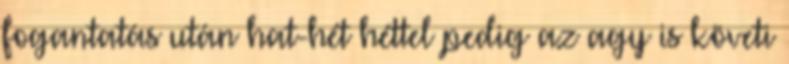
fogantatás után hat-hét héttel pedig az agy is követi